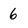
Character: 6